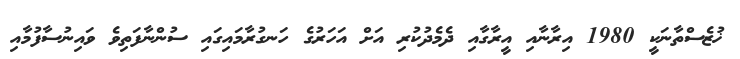
ޚުޒެސްތާނަކީ 1980 އިރާނާއި އީރާގާއި ދެމެދުކުރި އަށް އަހަރުގެ ހަނގުރާމައިގައި ސުންނާފަތިވެ ވައިނުސާފުމާއި